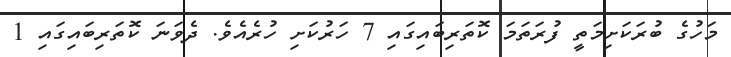
މަހުގެ ބުރަކަށިމަތީ ފުރަތަމަ ކޮތަރިބައިގައި 7 ހަރުކަށި ހުރެއެވެ. ދެވަނަ ކޮތަރިބައިގައި 1